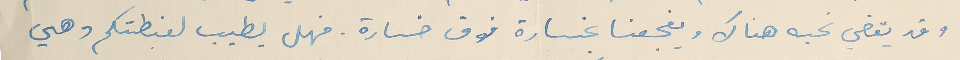
وقد يقضي نحبه هناك ويفجعنا بخسارة فوق خسارة. فهل يطيب لغبطتكم وهي